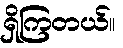
ရှိကြတယ်။